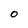
Character: O